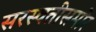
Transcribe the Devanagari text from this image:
सरस्वतीसमोर